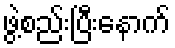
ဖွဲ့စည်းပြီးနောက်